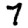
Digit: 7